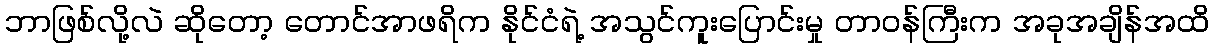
ဘာဖြစ်လို့လဲ ဆိုတော့ တောင်အာဖရိက နိုင်ငံရဲ့ အသွင်ကူးပြောင်းမှု တာဝန်ကြီးက အခုအချိန်အထိ